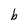
Character: b